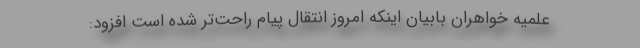
علمیه خواهران بابیان اینکه امروز انتقال پیام راحت‌تر شده است افزود: